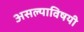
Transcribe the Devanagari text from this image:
असल्याविषयी